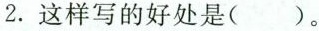
2.这样写的好处是( )。